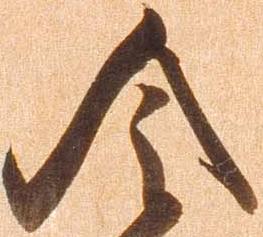
令